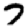
Digit: 7